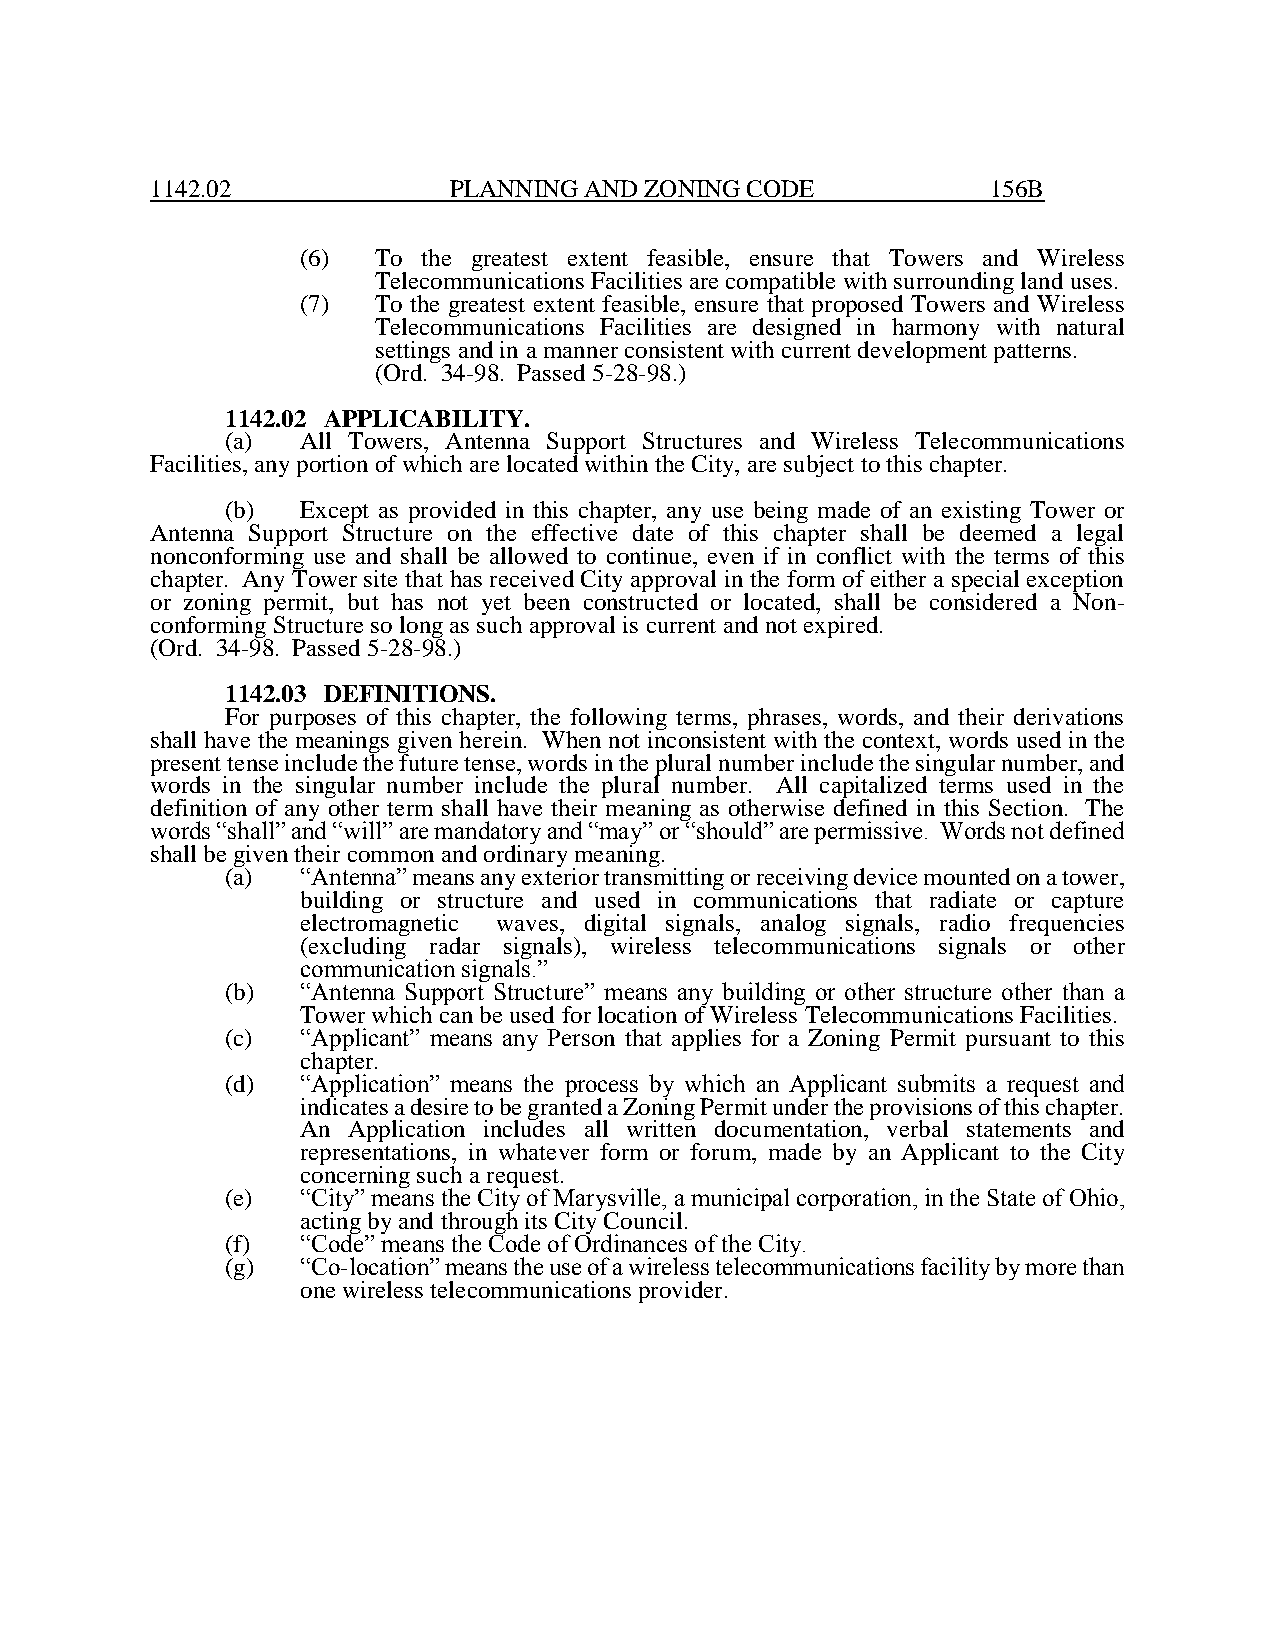
1142.02             PLANNING AND ZONING CODE            156B
 (6)  To the greatest extent feasible, ensure that Towers and Wireless
 Telecommunications Facilities are compatible with surrounding land uses.
 (7)  To the greatest extent feasible, ensure that proposed Towers and Wireless
 Telecommunications Facilities are designed in harmony with natural
 settings and in a manner consistent with current development patterns.
 (Ord. 34-98. Passed 5-28-98.)
 1142.02 APPLICABILITY.
 (a)  All Towers, Antenna Support Structures and Wireless Telecommunications
 Facilities, any portion of which are located within the City, are subject to this chapter.
 (b)  Except as provided in this chapter, any use being made of an existing Tower or
 Antenna Support Structure on the effective date of this chapter shall be deemed a legal
 nonconforming use and shall be allowed to continue, even if in conflict with the terms of this
 chapter. Any Tower site that has received City approval in the form of either a special exception
 or zoning permit, but has not yet been constructed or located, shall be considered a Non-
 conforming Structure so long as such approval is current and not expired.
 (Ord. 34-98. Passed 5-28-98.)
 1142.03 DEFINITIONS.
 For purposes of this chapter, the following terms, phrases, words, and their derivations
 shall have the meanings given herein. When not inconsistent with the context, words used in the
 present tense include the future tense, words in the plural number include the singular number, and
 words in the singular number include the plural number. All capitalized terms used in the
 definition of any other term shall have their meaning as otherwise defined in this Section. The
 words “shall” and “will” are mandatory and “may” or “should” are permissive. Words not defined
 shall be given their common and ordinary meaning.
 (a)  “Antenna” means any exterior transmitting or receiving device mounted on a tower,
 building or structure and used in communications that radiate or capture
 electromagnetic waves, digital signals, analog signals, radio frequencies
 (excluding radar signals), wireless telecommunications signals or other
 communication signals.”
 (b)  “Antenna Support Structure” means any building or other structure other than a
 Tower which can be used for location of Wireless Telecommunications Facilities.
 (c)  “Applicant” means any Person that applies for a Zoning Permit pursuant to this
 chapter.
 (d)  “Application” means the process by which an Applicant submits a request and
 indicates a desire to be granted a Zoning Permit under the provisions of this chapter.
 An Application includes all written documentation, verbal statements and
 representations, in whatever form or forum, made by an Applicant to the City
 concerning such a request.
 (e)  “City” means the City of Marysville, a municipal corporation, in the State of Ohio,
 acting by and through its City Council.
 (f)  “Code” means the Code of Ordinances of the City.
 (g)  “Co-location” means the use of a wireless telecommunications facility by more than
 one wireless telecommunications provider.